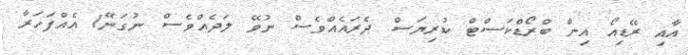
އާއި ރޭޑިއޯ އިން ބްރޯޑްކަސްޓް ކުރިޔަސް ދެރައެއްވެސް ނުވޭ ލަދެއްވެސް ނުގަނޭ! އެއްފަހަރާ